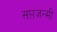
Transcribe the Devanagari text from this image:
सप्तजन्मी